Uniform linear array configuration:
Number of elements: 48
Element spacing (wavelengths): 0.5
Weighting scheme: exponential
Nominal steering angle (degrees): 45
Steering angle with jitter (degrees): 45.643
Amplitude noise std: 0.05
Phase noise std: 0.05

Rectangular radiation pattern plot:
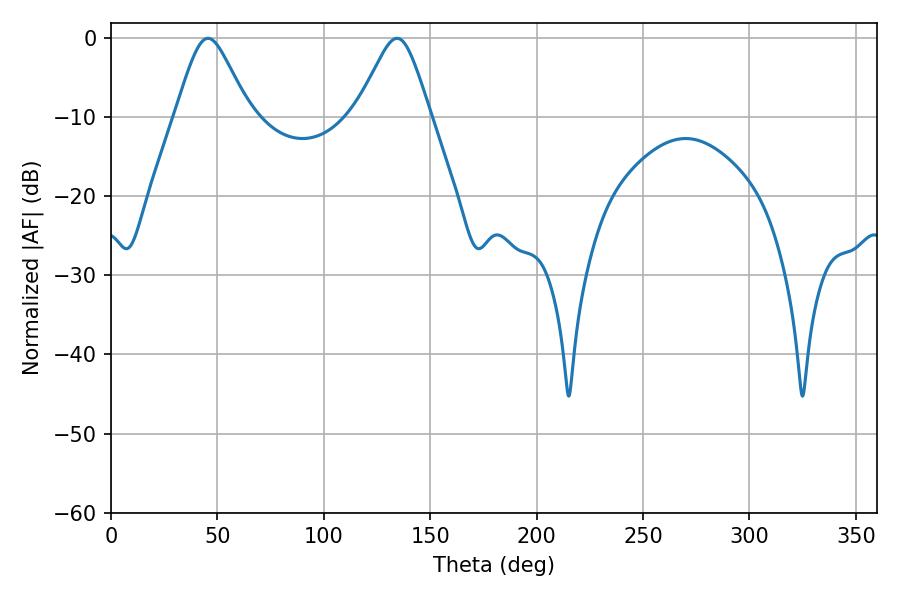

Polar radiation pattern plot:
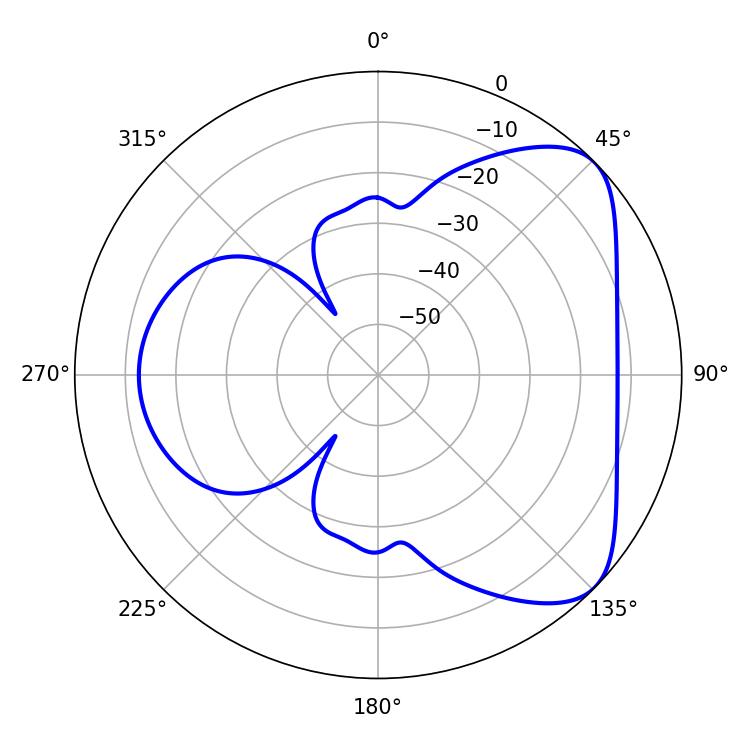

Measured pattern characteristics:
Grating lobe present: FALSE
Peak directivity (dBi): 5.969
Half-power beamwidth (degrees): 16.74
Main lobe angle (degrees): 45.54